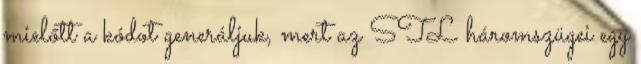
mielőtt a kódot generáljuk, mert az STL háromszügei egy